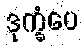
ဒုက္ခံပေ